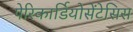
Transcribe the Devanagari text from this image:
पेरिकार्डियोसेंटेसिस